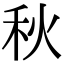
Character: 秋